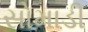
સોમાડી